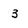
Character: 3